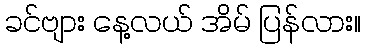
ခင်ဗျား နေ့လယ် အိမ် ပြန်လား။